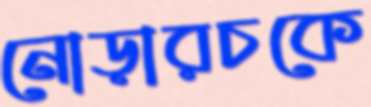
নোড়ারচকে